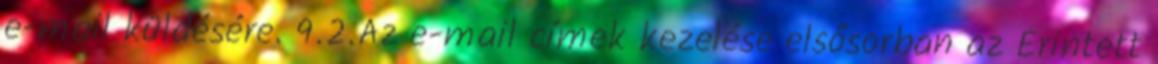
e-mail küldésére. 9.2.Az e-mail címek kezelése elsősorban az Érintett